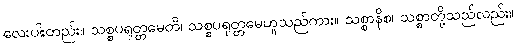
လေးပါးတည်း။ သစ္စပရုတ္တမေတိ၊ သစ္စပရုတ္တမေဟူသည်ကား။ သစ္စာနိစ၊ သစ္စာတို့သည်လည်း။